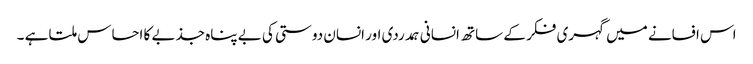
اس افسانے میں گہری فکر کے ساتھ انسانی ہمدردی اور انسان دوستی کی بے پناہ جذبے کا احساس ملتا ہے ۔